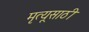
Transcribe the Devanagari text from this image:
मृत्यूसाठी